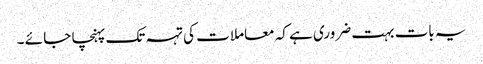
یہ بات بہت ضروری ہے کہ معاملا ت کی تہہ تک پہنچا جا ئے ۔